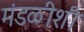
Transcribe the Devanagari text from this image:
मंडळीशी